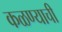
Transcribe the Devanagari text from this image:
कळण्याची